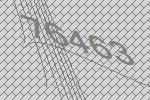
76463